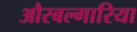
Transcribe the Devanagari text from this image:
औरबल्गारिया